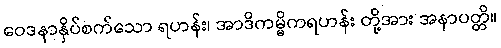
ဝေဒနာနှိပ်စက်သော ရဟန်း၊ အာဒိကမ္မိကရဟန်း တို့အား အနာပတ္တိ။